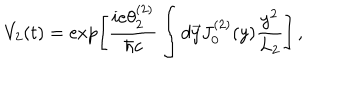
V _ { 2 } ( t ) = \exp \left[ { \frac { i e \theta _ { 2 } ^ { ( 2 ) } } { \hbar c } } \int d \vec { y } J _ { 0 } ^ { ( 2 ) } ( y ) { \frac { y ^ { 2 } } { L _ { 2 } } } \right] \, ,